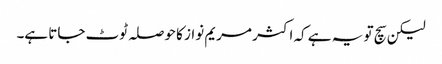
لیکن سچ تو یہ ہے کہ اکثر مریم نواز کا حوصلہ ٹوٹ جاتا ہے۔